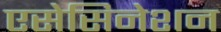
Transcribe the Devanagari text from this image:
एसेसिनेशन